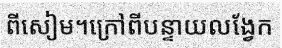
ពីសៀម។ក្រៅពីបន្ទាយលង្វែក